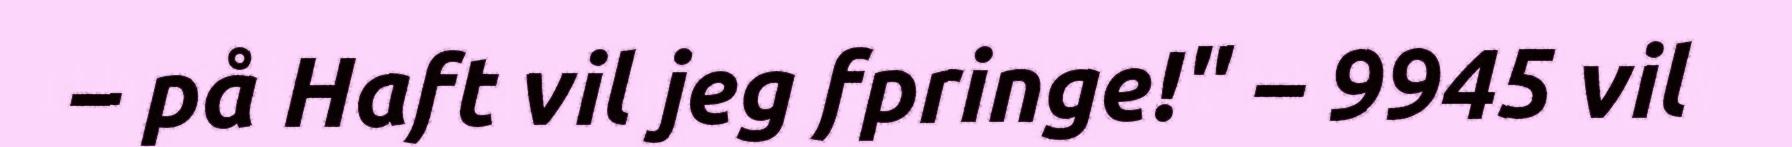
– på Haft vil jeg fpringe!" – 9945 vil